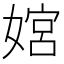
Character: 𫱜